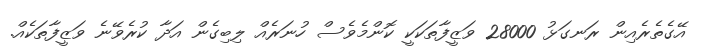
އޭގެތެރެއިން ރަނގަޅު 28000 ވަޒީފާތަކަކީ ކޮންމެވެސް ހުނަރެއް ލިބިގެން އަދާ ކުރެވޭނެ ވަޒީފާތަކެއް.